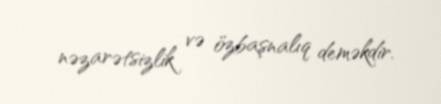
nəzarətsizlik və özbaşnalıq deməkdir.